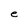
Character: e